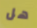
هل